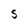
Character: S